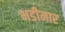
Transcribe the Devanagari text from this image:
भडीमार